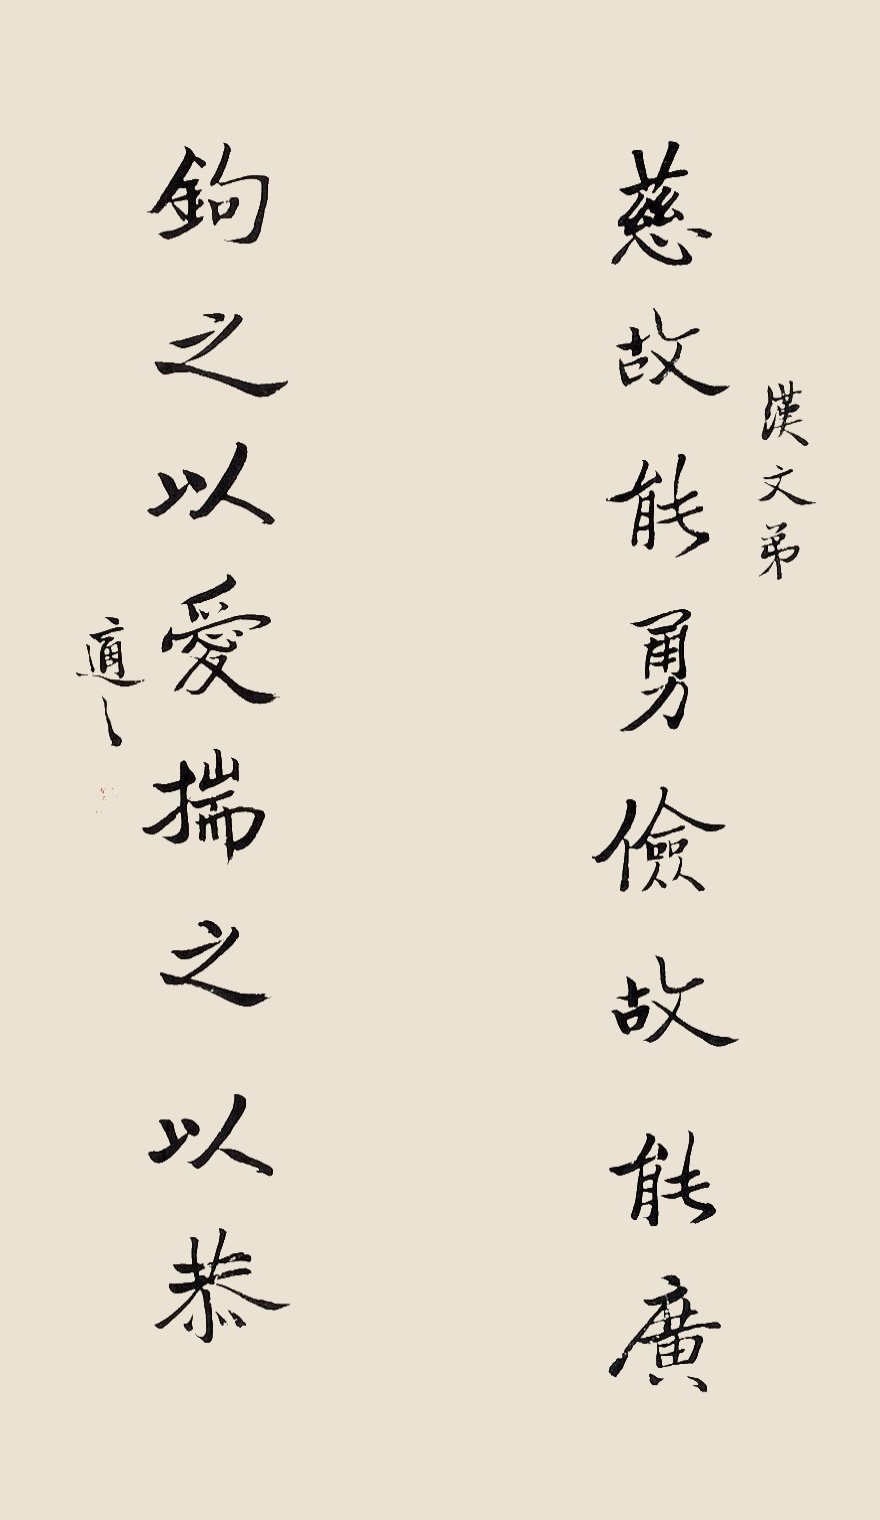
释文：慈故能勇俭故能广，钩之以爱揣之以恭。汉文弟，适之。